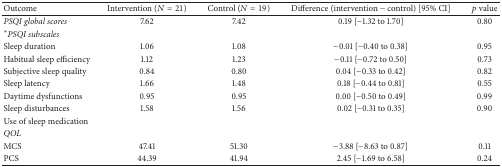
<table><thead><tr><td><b>Outcome</b></td><td><b>Intervention (<i>N</i> = 21)</b></td><td><b>Control (<i>N</i> = 19)</b></td><td><b>Difference (intervention − control) [95% CI]</b></td><td><b><i>p</i> value</b></td></tr></thead><tbody><tr><td><i>PSQI global scores</i></td><td>7.62</td><td>7.42</td><td>0.19 [−1.32 to 1.70]</td><td>0.80</td></tr><tr><td><sup><i>∗</i></sup><i>PSQI subscales</i></td><td> </td><td> </td><td> </td><td> </td></tr><tr><td>Sleep duration</td><td>1.06</td><td>1.08</td><td>−0.01 [−0.40 to 0.38]</td><td>0.95</td></tr><tr><td>Habitual sleep efficiency</td><td>1.12</td><td>1.23</td><td>−0.11 [−0.72 to 0.50]</td><td>0.73</td></tr><tr><td>Subjective sleep quality</td><td>0.84</td><td>0.80</td><td>0.04 [−0.33 to 0.42]</td><td>0.82</td></tr><tr><td>Sleep latency</td><td>1.66</td><td>1.48</td><td>0.18 [−0.44 to 0.81]</td><td>0.55</td></tr><tr><td>Daytime dysfunctions</td><td>0.95</td><td>0.95</td><td>0.00 [−0.50 to 0.49]</td><td>0.99</td></tr><tr><td>Sleep disturbances</td><td>1.58</td><td>1.56</td><td>0.02 [−0.31 to 0.35]</td><td>0.90</td></tr><tr><td>Use of sleep medication</td><td> </td><td> </td><td> </td><td> </td></tr><tr><td><i>QOL</i></td><td> </td><td> </td><td> </td><td> </td></tr><tr><td>MCS</td><td>47.41</td><td>51.30</td><td>−3.88 [−8.63 to 0.87]</td><td>0.11</td></tr><tr><td>PCS</td><td>44.39</td><td>41.94</td><td>2.45 [−1.69 to 6.58]</td><td>0.24</td></tr></tbody></table>